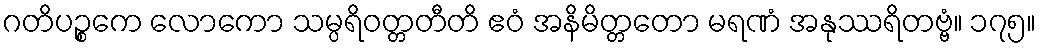
ဂတိပဉ္စကေ လောကော သမ္ပရိဝတ္တတီတိ ဧဝံ အနိမိတ္တတော မရဏံ အနုဿရိတဗ္ဗံ။ ၁၇၅။